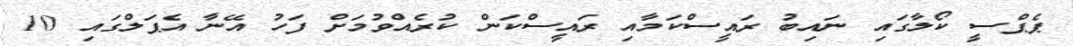
ޕެޕްސީ ކޯލާގައި ނައިބު ރައީސްކަމާއި ރައީސްކަން ކުރެއްވުމަށް ފަހު އޭނާ އެޕަލްގައި 10